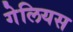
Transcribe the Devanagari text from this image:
गेलियस